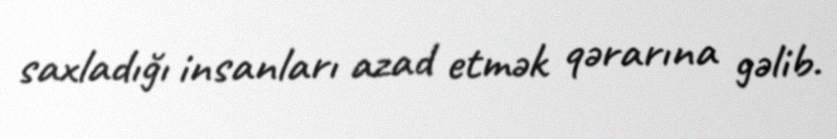
saxladığı insanları azad etmək qərarına gəlib.